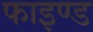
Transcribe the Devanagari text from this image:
फाइण्ड